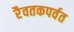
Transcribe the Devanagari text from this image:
रैवतकपर्वत